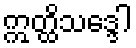
ဣတ္ထိသဒ္ဒေါ